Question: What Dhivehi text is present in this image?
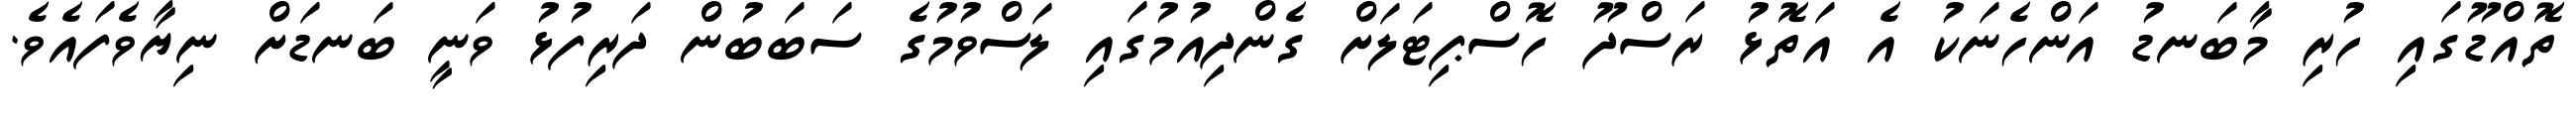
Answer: ތޮއްޑޫގައި ހުރި މާބަނޑު އަންހެނަކު އެ އަތޮޅު ރަސްދޫ ހޮސްޕިޓަލަށް ގެންދިއުމުގައި ލަސްވުމުގެ ސަބަބުން ދަރިފުޅު ވަނީ ބަނޑަށް ނިޔާވެފައެވެ.